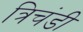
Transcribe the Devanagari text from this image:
त्रिचंडी